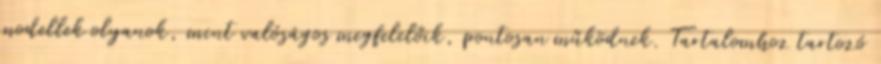
modellek olyanok, mint valóságos megfelelőik, pontosan működnek. Tartalomhoz tartozó